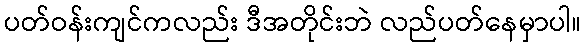
ပတ်ဝန်းကျင်ကလည်း ဒီအတိုင်းဘဲ လည်ပတ်နေမှာပါ။